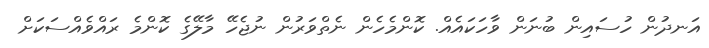
އަނދުން ހުސައިން ބުނަން ވާހަކައެއް. ކޮންމެހެން ނެތްވަރުން ނުޖެހޭ މާލޭގެ ކޮންމެ ރައްވެއްސަކަށް